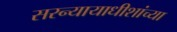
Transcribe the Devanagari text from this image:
सरन्यायाधीशांच्या